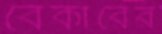
বেকারের